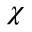
\chi